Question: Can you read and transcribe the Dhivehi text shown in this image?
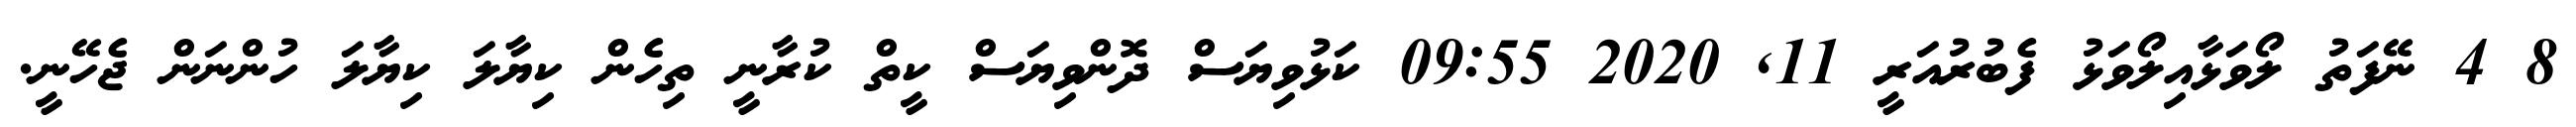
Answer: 8 4 ނޭފަތު ލޯވަޅާއިލޯވަޅު ފެބުރުއަރީ 11, 2020 09:55 ކަޅުވިޔަސް ދޮންވިޔަސް ކީތް ކުރާނީ ތިހެން ކިޔާލަ ކިޔާލަ ހުންނަން ޖެހޭނީ.